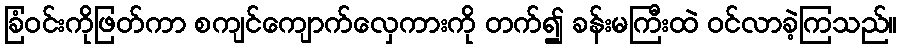
ခြံဝင်းကိုဖြတ်ကာ စကျင်ကျောက်လှေကားကို တက်၍ ခန်းမကြီးထဲ ဝင်လာခဲ့ကြသည်။